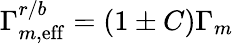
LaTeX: \Gamma_{m,\mathrm{eff}}^{r/b}=(1\pm C)\Gamma_{m}